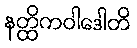
နတ္ထိကဝါဒေါတိ